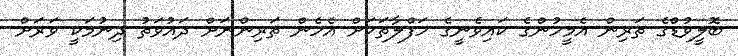
ބޮލީވުޑްގެ ތަރިން އެމީހުންގެ ކައިވެނީގެ ހަފްލާތަކަށް އެހެން ތަރިންނަށް ދައުވަތު ދިނުމަކީ ވަރަށް